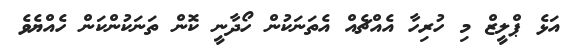
އަޅެ ޕްލީޒް މި ހުރިހާ އެއްޗެއް އެތަނަކުން ހޯދާނީ ކޮން ތަނަކުންކަން ހެއްޔެވެ